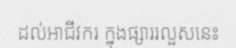
ដល់អាជីវករ ក្នុងផ្សាររលួសនេះ